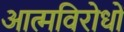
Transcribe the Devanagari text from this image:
आत्मविरोधों